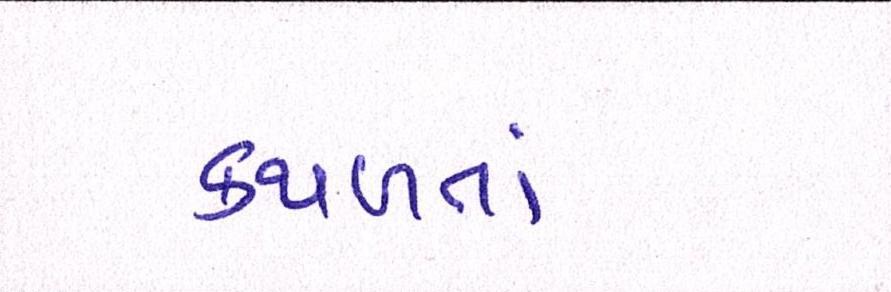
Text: કથળતાં